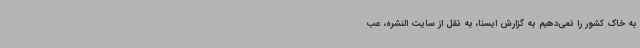
به خاک کشور را نمی‌دهیم به گزارش ایسنا، به نقل از سایت النشره، عب